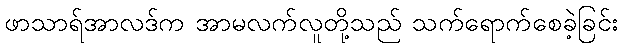
ဖာသာရ်အာလဒ်က အာမလက်လူတို့သည် သက်ရောက်စေခဲ့ခြင်း